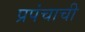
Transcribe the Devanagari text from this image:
प्रपंचाची